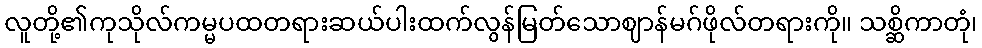
လူတို့၏ကုသိုလ်ကမ္မပထတရားဆယ်ပါးထက်လွန်မြတ်သောဈာန်မဂ်ဖိုလ်တရားကို။ သစ္ဆိကာတုံ၊